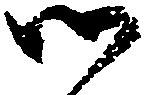
候